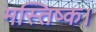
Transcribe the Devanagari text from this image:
मस्तिष्क।